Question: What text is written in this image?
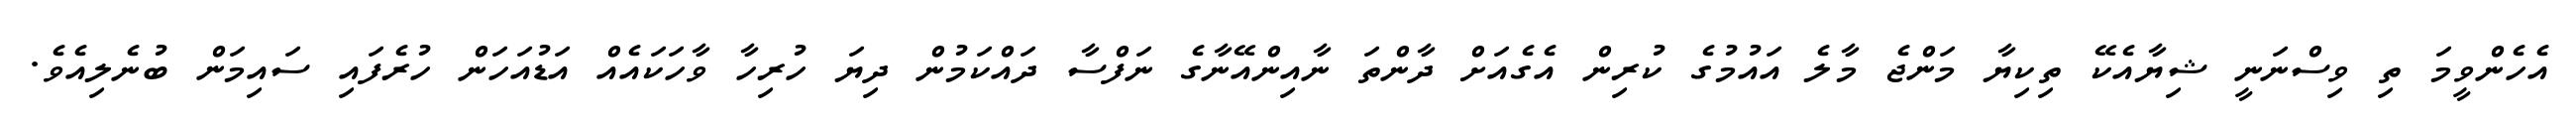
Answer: އެހެންވީމަ ތި ވިސްނަނީ ޝިޔާއެކޭ ތިކިޔާ މަންޖެ މާލެ އައުމުގެ ކުރިން އެގެއަށް ދާންތަ ނާއިންއޭނާގެ ނަފްސާ ދައްކަމުން ދިޔަ ހުރިހާ ވާހަކައެއް އަޑުއަހަން ހުރެފައި ސައިމަން ބުނެލިއެވެ.